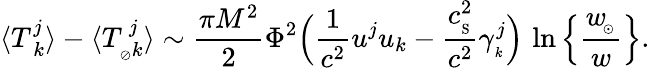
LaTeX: \langle{T_{\ k}^{j}}\rangle-\langle T_{_{\oslash}k}^{\, j}\rangle\sim{\frac{\pi M^{2}}{2}}\Phi^{2}\Big({\frac{1}{c^{2}}}u^{j}u_{k}-{\frac{c_{_\mathrm{S}}^{2}}{c^{2}}}\gamma_{_k}^{j}\Big)\, \ln\Big\{ {\frac{w_{\! _{\odot}}}{w}}\Big\} .